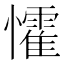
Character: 𭟙